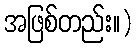
အဖြစ်တည်း။)